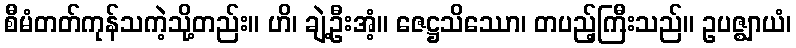
စီမံတတ်ကုန်သကဲ့သို့တည်း။ ဟိ၊ ချဲ့ဦးအံ့။ ဇေဋ္ဌသိဿော၊ တပည့်ကြီးသည်။ ဥပဇ္ဈာယံ၊